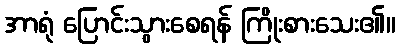
အာရုံ ပြောင်းသွားစေရန် ကြိုးစားသေး၏။